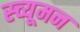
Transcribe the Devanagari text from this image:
स्च्यूमन